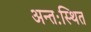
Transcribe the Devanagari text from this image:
अन्तःस्थित